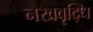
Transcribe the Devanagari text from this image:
नखवृद्धि